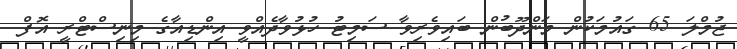
ޖުމްލަ 65 ގައުމަކުން މަންދޫބުން ބައިވެރިވާ ސަމިޓު ހުޅުވާދެއްވީ އިންޑިއާގެ މިނިސްޓްރީ އޮފް